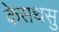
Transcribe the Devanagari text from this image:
केसथसु